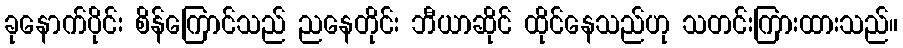
ခုနောက်ပိုင်း စိန်ကြောင်သည် ညနေတိုင်း ဘီယာဆိုင် ထိုင်နေသည်ဟု သတင်းကြားထားသည်။